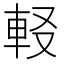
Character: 𨊿